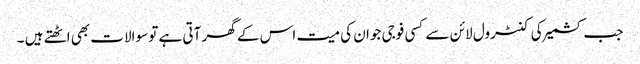
جب کشمیر کی کنٹرول لائن سے کسی فوجی جوان کی میت اس کے گھر آتی ہے تو سوالات بھی اٹھتے ہیں ۔